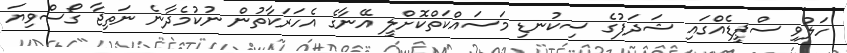
ހަލުވި ސްޕީޑެއްގައި ޝަދަފުގެ ސިކުނޑި މަސައްކަތްކޮށްލީ އޭނާގެ އެހަރަކާތުން ނުކުމެދާނެ ނަތިޖާ ގޯސްވިޔަ